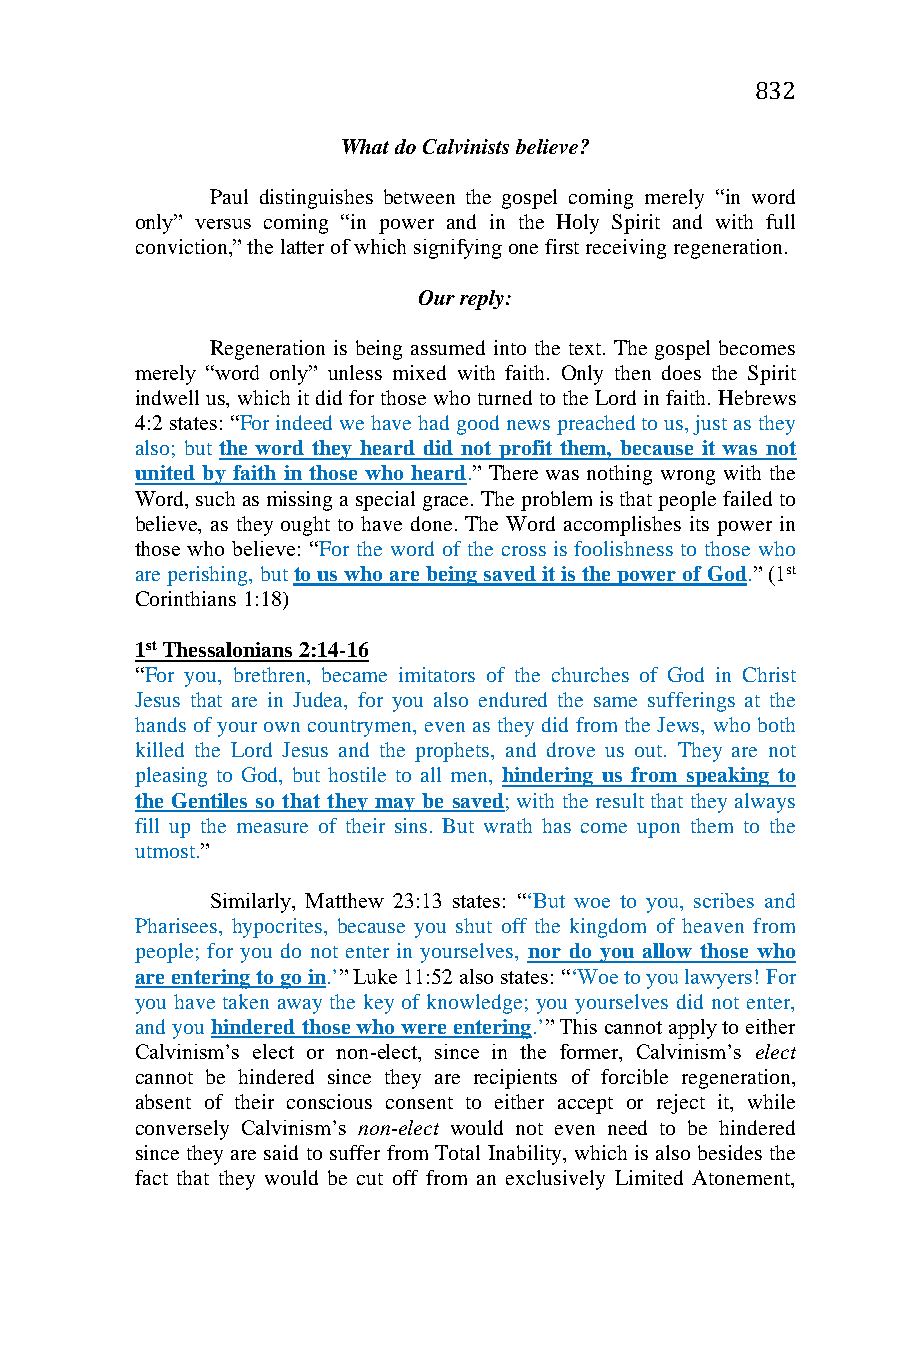
832
 What do Calvinists believe?
 Paul distinguishes between the gospel coming merely “in word
 only” versus coming “in power and in the Holy Spirit and with full
 conviction,” the latter of which signifying one first receiving regeneration.
 Our reply:
 Regeneration is being assumed into the text. The gospel becomes
 merely “word only” unless mixed with faith. Only then does the Spirit
 indwell us, which it did for those who turned to the Lord in faith. Hebrews
 4:2 states: “For indeed we have had good news preached to us, just as they
 also; but the word they heard did not profit them, because it was not
 united by faith in those who heard.” There was nothing wrong with the
 Word, such as missing a special grace. The problem is that people failed to
 believe, as they ought to have done. The Word accomplishes its power in
 those who believe: “For the word of the cross is foolishness to those who
 are perishing, but to us who are being saved it is the power of God.” (1st
 Corinthians 1:18)
 1st Thessalonians 2:14-16
 “For you, brethren, became imitators of the churches of God in Christ
 Jesus that are in Judea, for you also endured the same sufferings at the
 hands of your own countrymen, even as they did from the Jews, who both
 killed the Lord Jesus and the prophets, and drove us out. They are not
 pleasing to God, but hostile to all men, hindering us from speaking to
 the Gentiles so that they may be saved; with the result that they always
 fill up the measure of their sins. But wrath has come upon them to the
 utmost.”
 Similarly, Matthew 23:13 states: “‘But woe to you, scribes and
 Pharisees, hypocrites, because you shut off the kingdom of heaven from
 people; for you do not enter in yourselves, nor do you allow those who
 are entering to go in.’” Luke 11:52 also states: “‘Woe to you lawyers! For
 you have taken away the key of knowledge; you yourselves did not enter,
 and you hindered those who were entering.’” This cannot apply to either
 Calvinism’s elect or non-elect, since in the former, Calvinism’s elect
 cannot be hindered since they are recipients of forcible regeneration,
 absent of their conscious consent to either accept or reject it, while
 conversely Calvinism’s non-elect would not even need to be hindered
 since they are said to suffer from Total Inability, which is also besides the
 fact that they would be cut off from an exclusively Limited Atonement,